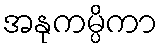
အနုကမ္ပိကာ